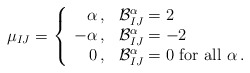
\begin{align*}\mu_{IJ}=\left\{\begin{array}{rl} \alpha\,, & {\cal B}^\alpha_{IJ}=2 \\ -\alpha\,, & {\cal B}^\alpha_{IJ}=-2 \\ 0\,, & {\cal B}^\alpha_{IJ}=0 {\mbox{ for all }}\alpha\,. \end{array}\right.\end{align*}